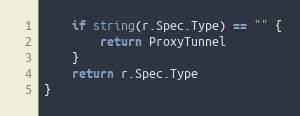
Language: Go
	if string(r.Spec.Type) == "" {
		return ProxyTunnel
	}
	return r.Spec.Type
}